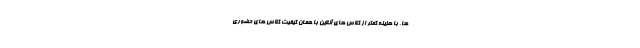
ها، با هزینه کمتر از کلاس های آنلاین با همان کیفیت کلاس های حضوری